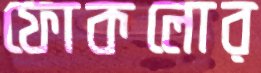
ফোকলোর